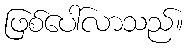
ဖြစ်ပေါ်လာသည်။